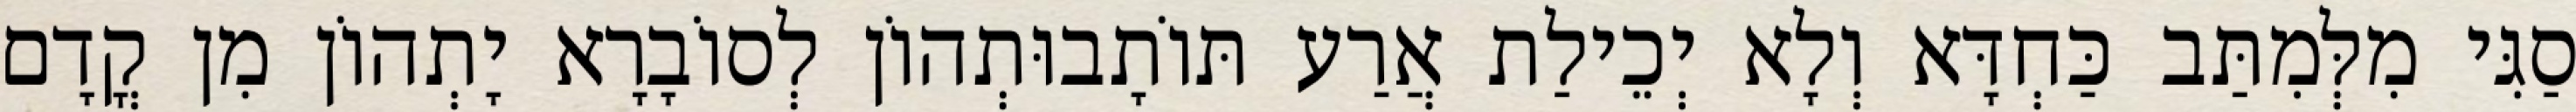
סַגִּי מִלְּמִתַּב כַּחְדָּא וְלָא יְכֵילַת אֲרַע תּוֹתָבוּתְהוֹן לְסוֹבָרָא יָתְהוֹן מִן קֳדָם